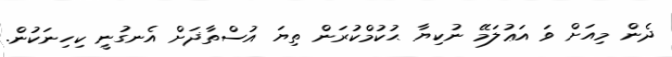
ދެން މިއަށް ވަ އަޢުލަމޭ ނުކިޔާ ޙުކުމްކުރަން ތިޔަ އުސްތާޛަށް އެނގުނީ ކިހިނަކުން.